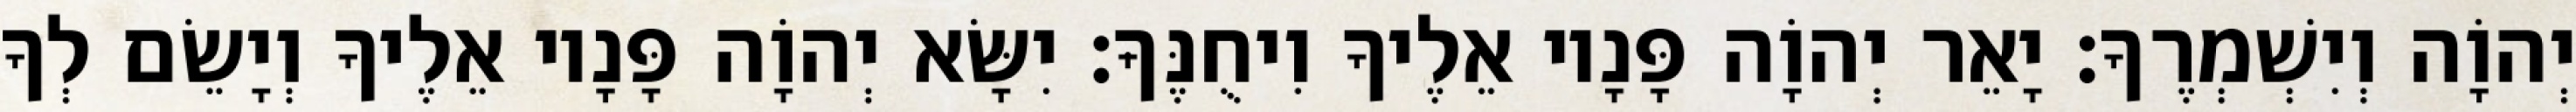
יְהוָֹה וְיִשְׁמְרֶךָ׃ יָאֵר יְהוָֹה פָּנָיו אֵלֶיךָ וִיחֻנֶּךָּ׃ יִשָּׂא יְהוָֹה פָּנָיו אֵלֶיךָ וְיָשֵׂם לְךָ